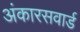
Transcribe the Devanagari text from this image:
अंकारसवार्ड